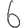
Digit: 6